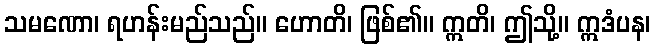
သမဏော၊ ရဟန်းမည်သည်။ ဟောတိ၊ ဖြစ်၏။ ဣတိ၊ ဤသို့။ ဣဒံပန၊